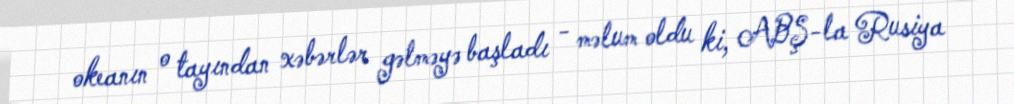
okeanın o tayından xəbərlər gəlməyə başladı - məlum oldu ki, ABŞ-la Rusiya